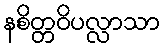
နစိတ္တဝိပလ္လာသာ